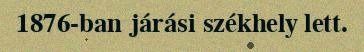
1876-ban járási székhely lett.